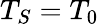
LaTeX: T_{S}=T_{0}